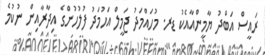
ރައީސް އަބްދު ޔާމީންއާއެކު ޑރ. މުހައްމަދު ޖަމީލް އަހުމަދު ފުލުހުންގެ އިދާރާއިން ނުކުމެ